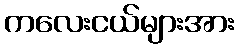
ကလေးငယ်များအား